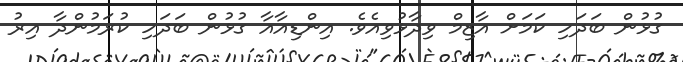
ގުޅުން ބަދަހި ކަމަށް އާޒިމް ވިދާޅުވިއެވެ. އިންޑިއާއާ ގުޅުން ބަދަހި ކުރަމުންދާ އިރު